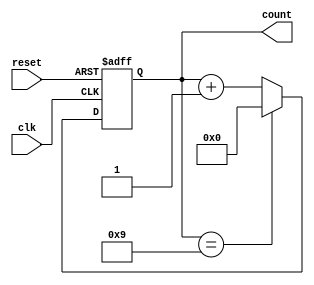
module decade_counter (
    input wire clk,        // Clock input
    input wire reset,      // Asynchronous active-high reset
    output reg [3:0] count // 4-bit output representing the current count
);

// Always block that triggers on the rising edge of the clock or the reset signal
always @(posedge clk or posedge reset) begin
    if (reset) begin
        // Asynchronous reset
        count <= 4'b0000; // Reset the count to 0
    end else begin
        // Count logic
        if (count == 4'b1001) begin
            count <= 4'b0000; // Reset to 0 after reaching 9
        end else begin
            count <= count + 1; // Increment the count
        end
    end
end

endmodule